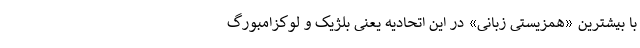
با بیشترین «همزیستی زبانی» در این اتحادیه یعنی بلژیک و لوکزامبورگ